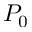
P _ { 0 }